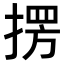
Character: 𭡥